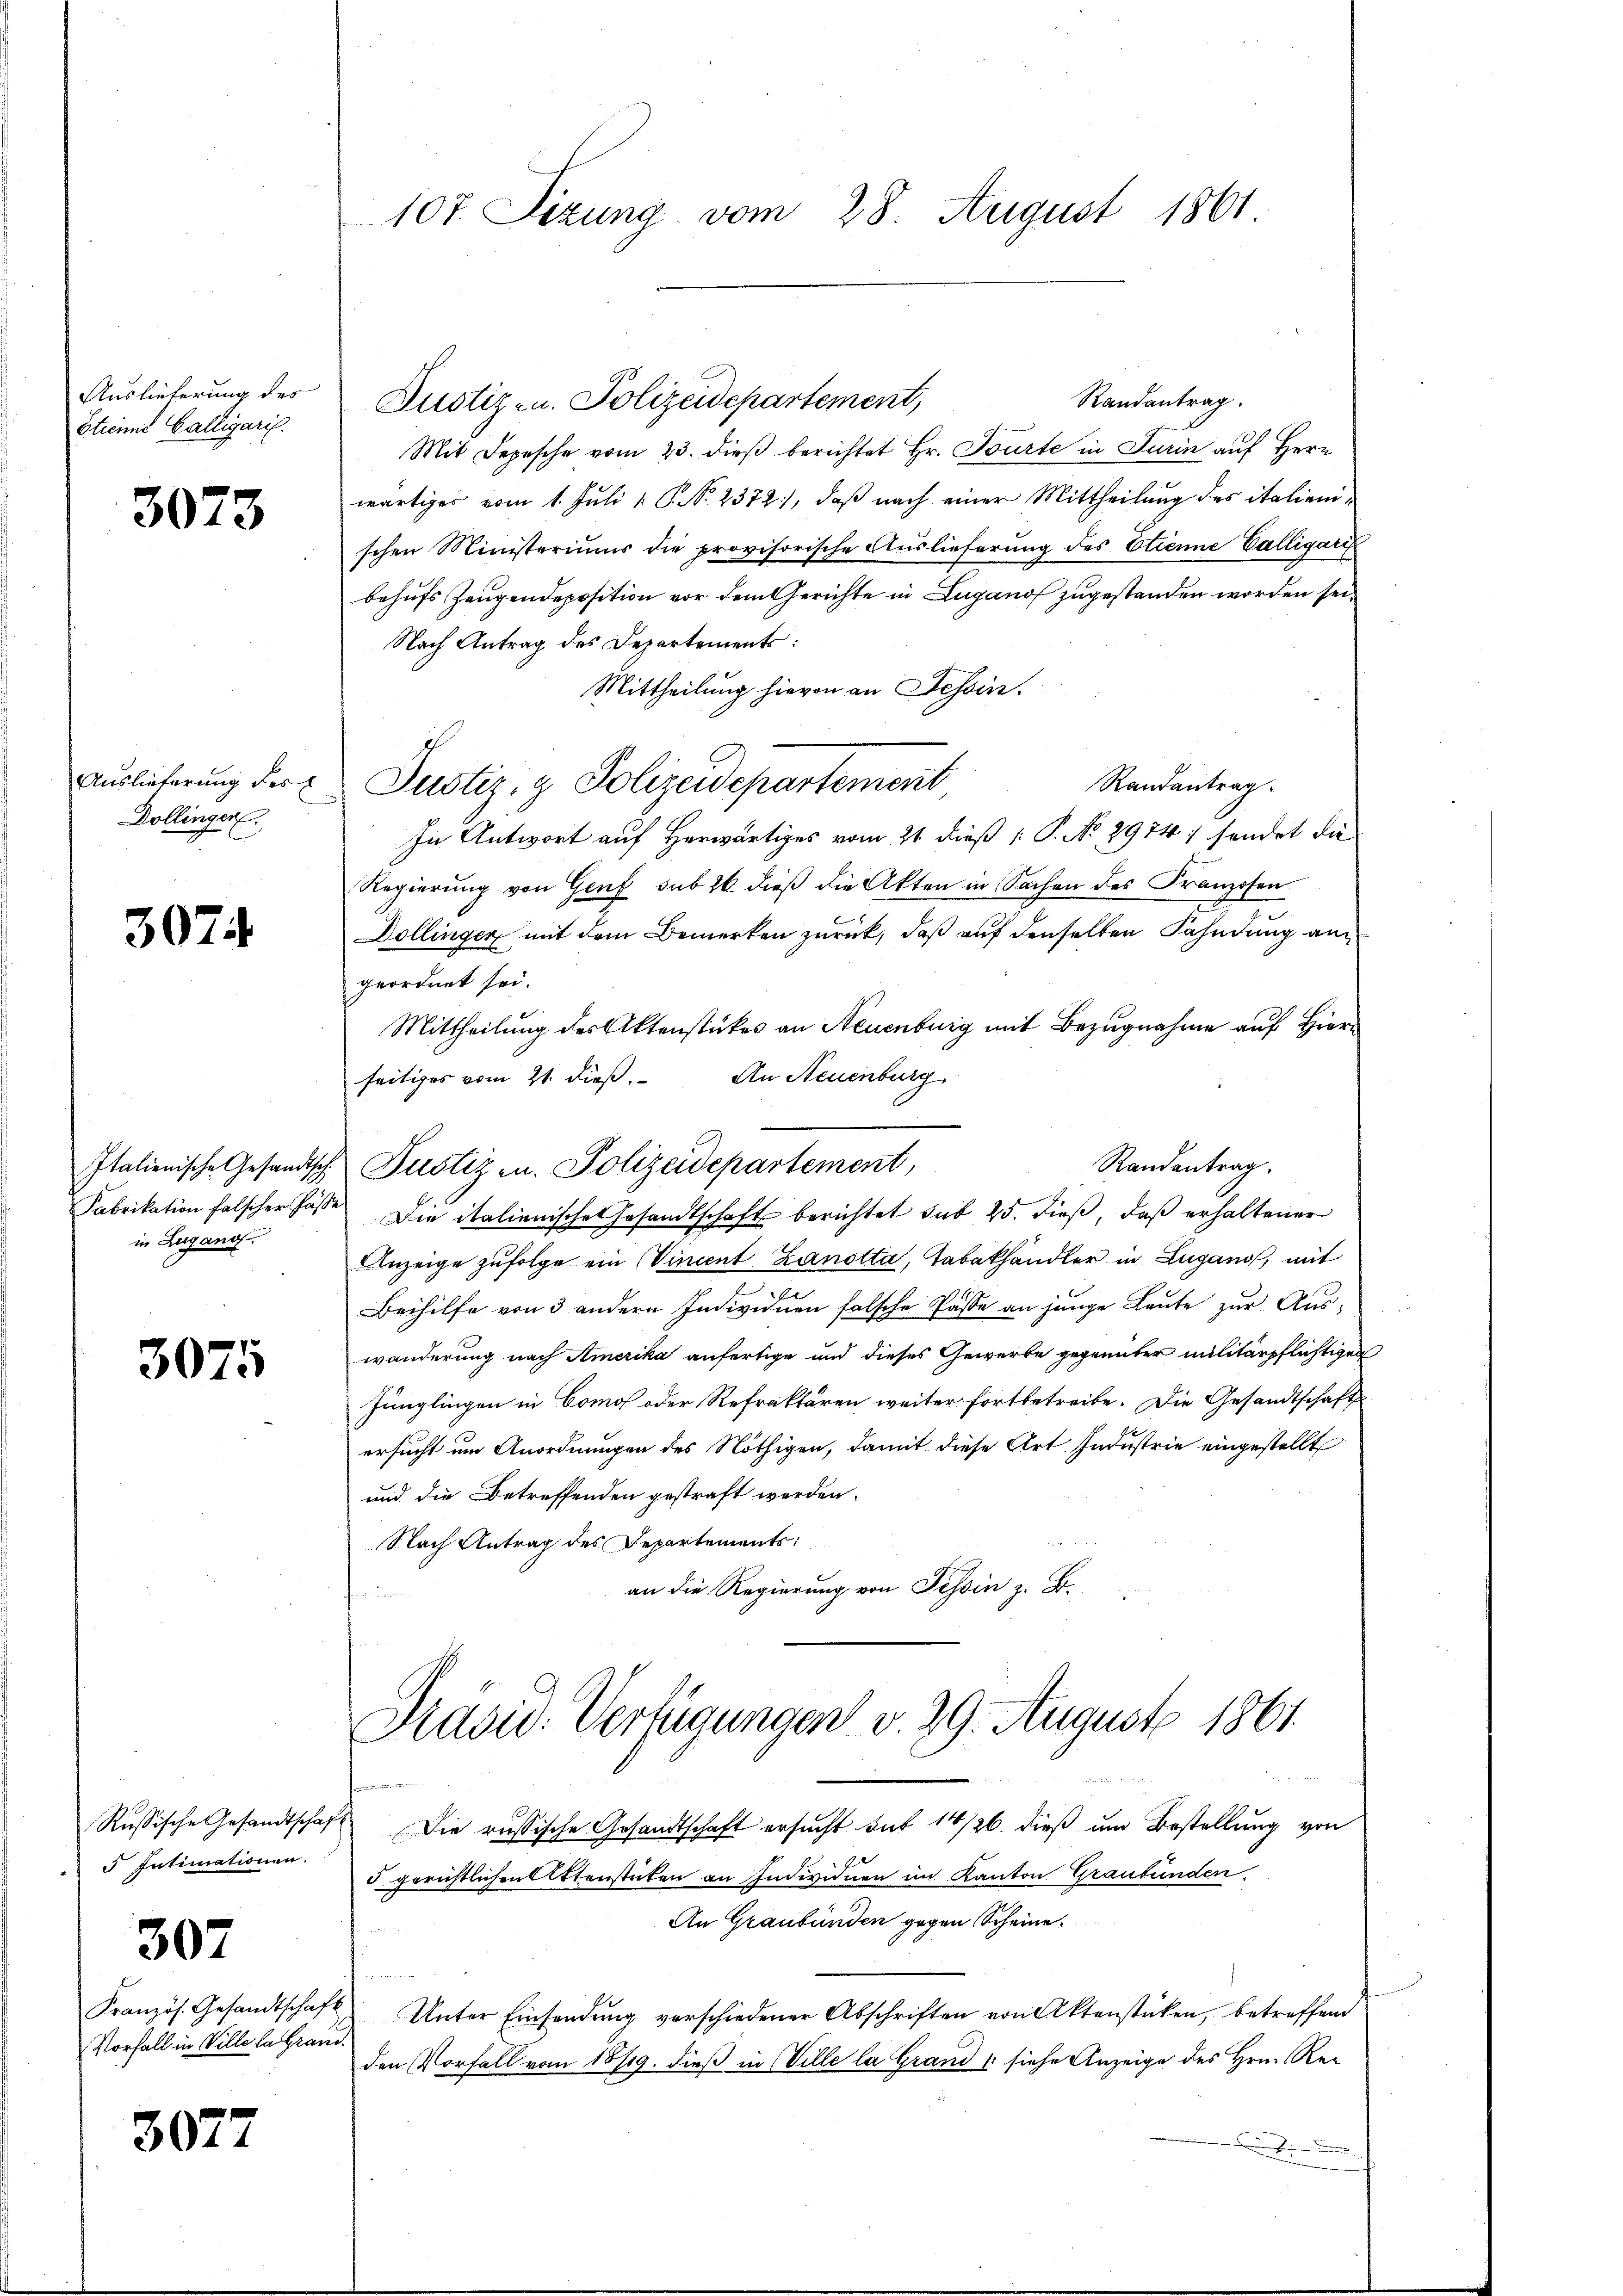
Etienne Calligaris.

3073

Dollinger.

3074

in Zugano.

3075

5 Intimationen.

307

Vorfall in Ville la Gri

3077

Auslieferung der Justiz- u. Polizeidepartement,
Randantrag.
Mit Depesche vom 23. dieß berichtet Hr. Tourte in Turin auf Herr
wärtiges vom 1. Juli v. P. Nr. 2372, daß nach einer Mittheilung des italienischen Ministeriums die provisorische Auslieferung des Etienne Galligaris
behufs Zeugendeposition vor dem Gerichte in Luganof zugestanden worden sei.
Nach Antrag des Departements:
Mittheilung hievon an Tessin.
Auslieferung der Justiz- & Polizeidepartement
Randantrag
In Antwort auf Herwärtiges vom 21. dieß P. No. 2974; sendet die
Regierung von Genf sub 26 dieß die Akten in Sachen des Franzosen
Dollingen mit dem Bemerken zurück, daß auf denselben Fahndung an
geordnet sei.
Mittheilung des Aktenstückes an Neuenburg mit Bezugnahme auf Hierseitiges vom 21. dieß. An Neuenburg
Randantrag.
Italienische Gesandtsche Justiz u. Polizeidepartement,
Fabrikation falscher Fässe Die italienische Gesandtschaft berichtet sub 25. dieß, daß erhaltener
Anzeige zufolge ein Vincent Zanotta, Tabakhändler in Lugano, mit
Beihilfe von 3 andern Individuen falsche Pässe an junge Leute zur Auswanderung nach Amerika anfertige und dieses Gewerbe gegenüber militärpflichtigen
Jünglingen in Comof oder Refraktären weiter fortbetreibe. Die Gesandtschaft
ersucht um Anordnungen des Nöthigen, damit diese Art. Industrie eingestellt
und die Betreffenden gestraft werden.
Nach Antrag des Departements:
an die Regierung von Tessin z. B.

107. Sizung vom 28. August 1861

Präsid. Verfügungen v. 29. August 1861.

Russische Gesandtschaft Die russische Gesandtschaft ersucht sub 14/26. dieß um Bestellung von
5 gerichtlichen Aktenstücken an Individuen im Kanton Graubünden
An Graubünden gegen Scheine
Französ. Gesandtschaft Unter Einsendŭng verschiedener Abschriften von Aktenstüken, betreffend
mus
den Vorfall vom 18/19. dieß in Ville la Grand /: siehe Anzeige des Hrn. Re-
t